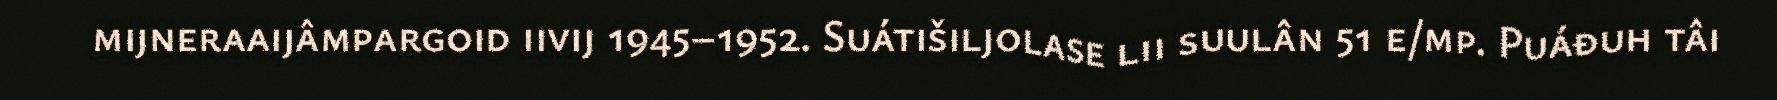
mijneraaijâmpargoid iivij 1945–1952. Suátišiljolase lii suulân 51 e/mp. Puáđuh tâi